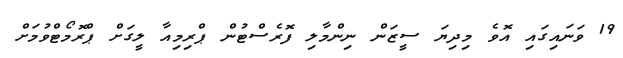
19 ވަނައިގައި އޮވެ މިދިޔަ ސީޒަން ނިންމާލި ފޮރެސްޓުން ޕްރިމިއާ ލީގަށް ޕްރޮމޯޓްވުމަށް